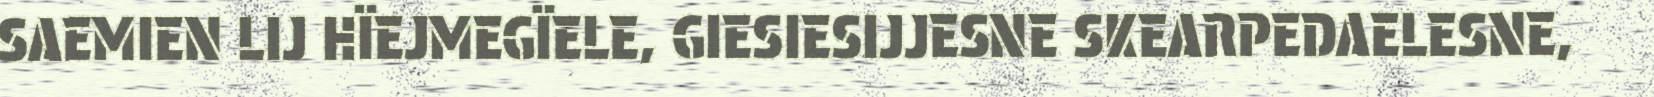
SAEMIEN LIJ HÏEJMEGÏELE, GIESIESIJJESNE SKEARPEDAELESNE,